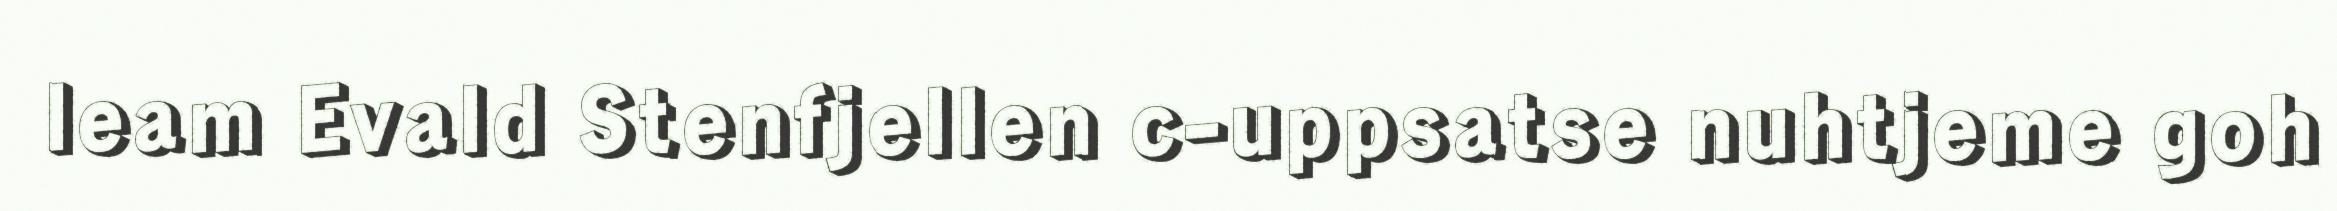
leam Evald Stenfjellen c-uppsatse nuhtjeme goh